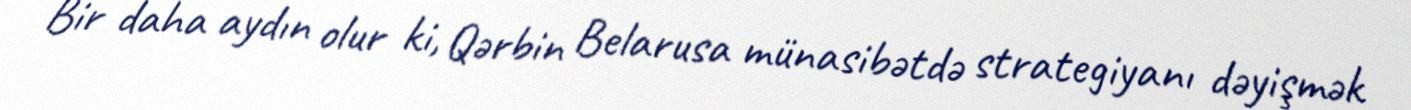
Bir daha aydın olur ki, Qərbin Belarusa münasibətdə strategiyanı dəyişmək